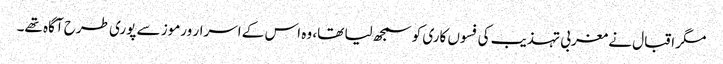
مگر اقبال نے مغربی تہذیب کی فسوں کاری کو سمجھ لیا تھا، وہ اس کے اسرار ورموز سے پوری طرح آگاہ تھے۔